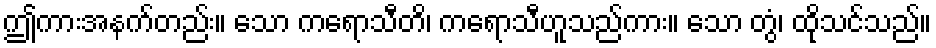
ဤကားအနက်တည်း။ သော ကရောသီတိ၊ ကရောသီဟူသည်ကား။ သော တွံ၊ ထိုသင်သည်။